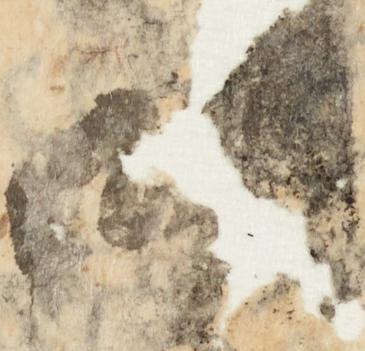
御